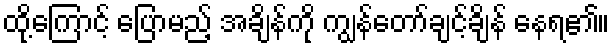
ထို့ကြောင့် ပြောမည့် အချိန်ကို ကျွန်တော်ချင့်ချိန် နေရ၏။